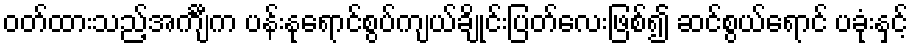
ဝတ်ထားသည့်အင်္ကျီက ပန်းနုရောင်စွပ်ကျယ်ချိုင်းပြတ်လေးဖြစ်၍ ဆင်စွယ်ရောင် ပခုံးနှင့်